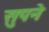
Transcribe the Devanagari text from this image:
सुपने